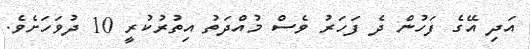
އަދި އޭގެ ފަހުން ދެ ފަހަރު ވެސް މުއްދަތު އިތުރުކުރީ 10 ދުވަހަށެވެ.